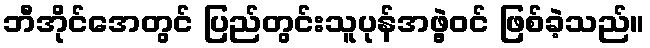
ဘီအိုင်အေတွင် ပြည်တွင်းသူပုန်အဖွဲ့ဝင် ဖြစ်ခဲ့သည်။